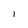
Character: 1